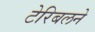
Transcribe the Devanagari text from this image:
टेरिबलने